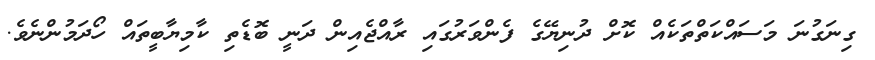
ގިނަގުނަ މަސައްކަތްތަކެއް ކޮށް ދުނިޔޭގެ ފެންވަރުގައި ރާއްޖެއިން ދަނީ ބޮޑެތި ކާމިޔާބީތައް ހޯދަމުންނެވެ.